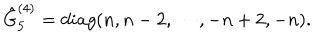
LaTeX: \hat { G } _ { 5 } ^ { ( 4 ) } = d i a g ( n , n - 2 , \cdots , - n + 2 , - n ) .